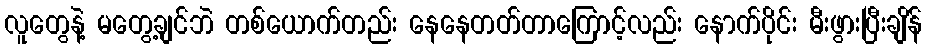
လူတွေနဲ့ မတွေ့ချင်ဘဲ တစ်ယောက်တည်း နေနေတတ်တာကြောင့်လည်း နောက်ပိုင်း မီးဖွားပြီးချိန်